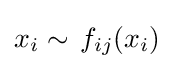
x_{i}\sim \,f_{ij}(x_{i})